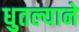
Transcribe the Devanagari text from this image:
धुतल्याने